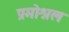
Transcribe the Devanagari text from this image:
प्रमोश्नल